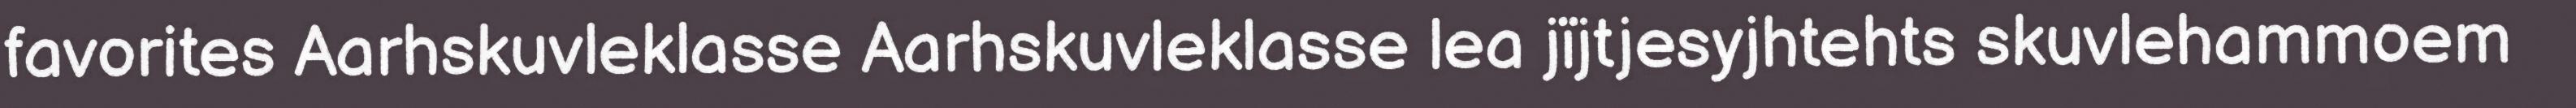
favorites Aarhskuvleklasse Aarhskuvleklasse lea jïjtjesyjhtehts skuvlehammoem